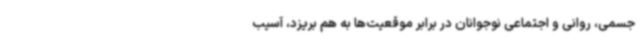
جسمی، روانی و اجتماعی نوجوانان در برابر موقعیت‌ها به هم بریزد، آسیب